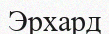
Эрхард